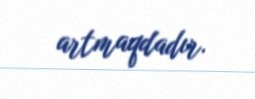
artmaqdadır.